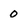
Character: 0